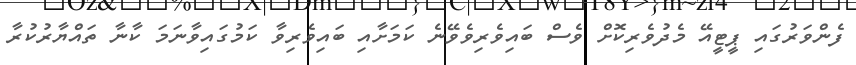
ފެންވަރުގައި ޕީޓީއޭ މެދުވެރިކޮށް ވެސް ބައިވެރިވެވޭނެ ކަމަށާއި ބައިވެރިވާ ކަމުގައިވާނަމަ ކާނާ ތައްޔާރުކުރާ